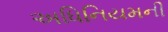
અધિનિયમની